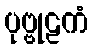
ပုဗ္ဗုဠကံ